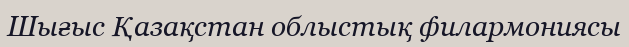
Шығыс Қазақстан облыстық филармониясы